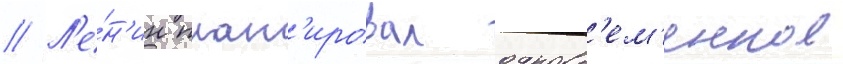
// Л'е́н'ин план'ировал одновр'ем'енное